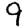
Digit: 9